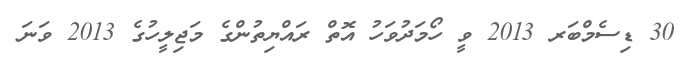
30 ޑިސެމްބަރ 2013 ވީ ހޯމަދުވަހު އޮތް ރައްޔިތުންގެ މަޖިލީހުގެ 2013 ވަނަ